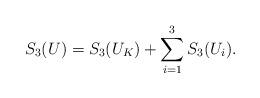
LaTeX: \begin{align*}S_3(U) = S_3(U_K) + \sum_{i=1}^3 S_3(U_i). \end{align*}